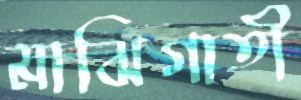
মাঝিগাতী